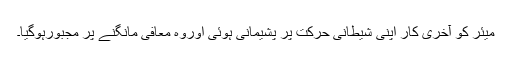
میئر کو آخری کار اپنی شیطانی حرکت پر پشیمانی ہوئی اوروہ معافی مانگنے پر مجبورہوگیا۔